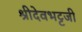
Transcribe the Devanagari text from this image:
श्रीदेवभट्टजी